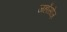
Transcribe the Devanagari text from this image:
जहाँसोज़